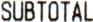
SUBTOTAL